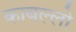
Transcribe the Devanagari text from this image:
काबल्लो